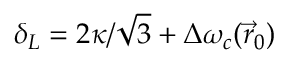
\delta _ { L } = 2 \kappa / \sqrt 3 + \Delta \omega _ { c } ( \vec { r } _ { 0 } )